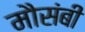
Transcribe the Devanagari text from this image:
मौसंबी